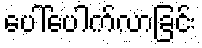
ပေါ်ပေါက်လာခြင်း